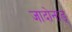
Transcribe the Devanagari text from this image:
जादोनाङ्